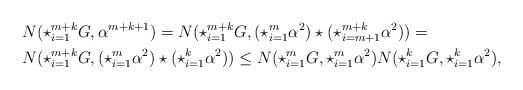
LaTeX: \begin{align*}&N(\star_{i=1}^{m+k}G,\alpha^{m+k+1}) = N(\star_{i=1}^{m+k}G, (\star_{i=1}^{m} \alpha^{2}) \star (\star_{i=m+1}^{m+k} \alpha^{2}) ) = \\& N( \star_{i=1}^{m+k}G,(\star_{i=1}^{m} \alpha^{2}) \star (\star_{i=1}^{k} \alpha^{2}) ) \le N(\star_{i=1}^{m}G,\star_{i=1}^{m} \alpha^{2}) N( \star_{i=1}^{k}G,\star_{i=1}^{k} \alpha^{2}) ,\end{align*}